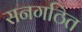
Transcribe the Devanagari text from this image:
सनगठित